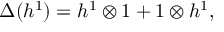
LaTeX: \Delta ( h ^ { 1 } ) = h ^ { 1 } \otimes 1 + 1 \otimes h ^ { 1 } ,